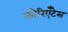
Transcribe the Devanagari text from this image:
कोरिएँटेस